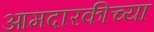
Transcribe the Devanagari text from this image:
आमदारकीच्या